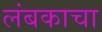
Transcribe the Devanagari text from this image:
लंबकाचा